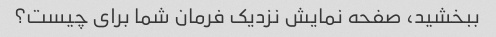
ببخشید، صفحه نمایش نزدیک فرمان شما برای چیست؟